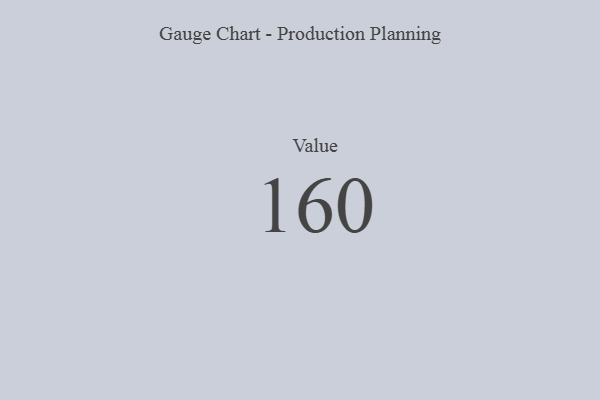
{"axis": {"x": "Metric", "y": "Value"}, "legend": [""], "data": [{"x": "Value", "y": 160, "type": ""}]}